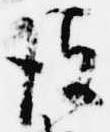
彼